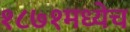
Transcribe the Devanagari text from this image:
१८७१मध्येच